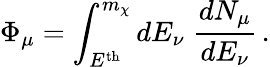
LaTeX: \Phi_{\mu}=\int_{E^{\mathrm{th}}}^{m_{\chi}}dE_{\nu}\; \frac{dN_{\mu}}{dE_{\nu}}\, .